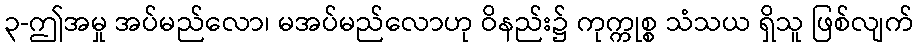
၃-ဤအမှု အပ်မည်လော၊ မအပ်မည်လောဟု ဝိနည်း၌ ကုက္ကုစ္စ သံသယ ရှိသူ ဖြစ်လျက်